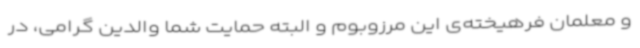
و معلمان فرهیخته‌ی این مرزوبوم و البته حمایت شما والدین گرامی، در